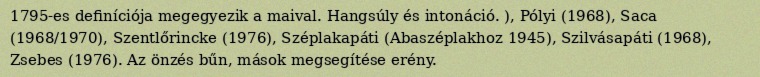
1795-es definíciója megegyezik a maival. Hangsúly és intonáció. ), Pólyi (1968), Saca (1968/1970), Szentlőrincke (1976), Széplakapáti (Abaszéplakhoz 1945), Szilvásapáti (1968), Zsebes (1976). Az önzés bűn, mások megsegítése erény.